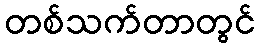
တစ်သက်တာတွင်